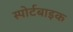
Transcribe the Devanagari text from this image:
स्पोर्टबाइक